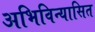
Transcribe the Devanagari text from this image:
अभिविन्यासित